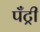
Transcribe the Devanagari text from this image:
पँट्री